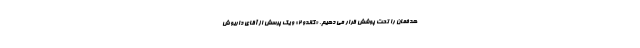
هدفمان را تحت پوشش قرار می دهیم. «گاندو 2» و یک پرسش از آقای داریوش